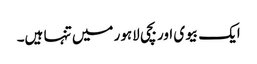
ایک بیوی اور بچی لاہور میں تنہا ہیں۔